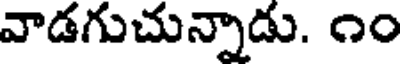
వాడగుచున్నాడు. ౧౦